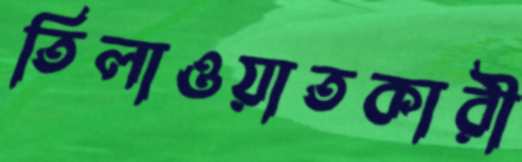
তিলাওয়াতকারী